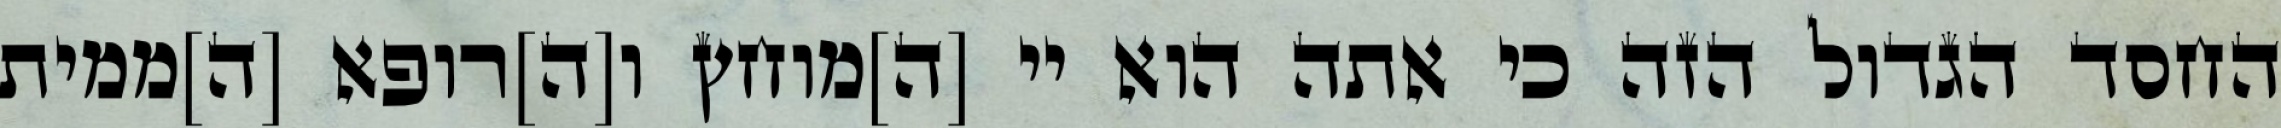
החסד הגדול הזה כי אתה הוא יי [ה]מוחץ ו[ה]רופא [ה]ממית